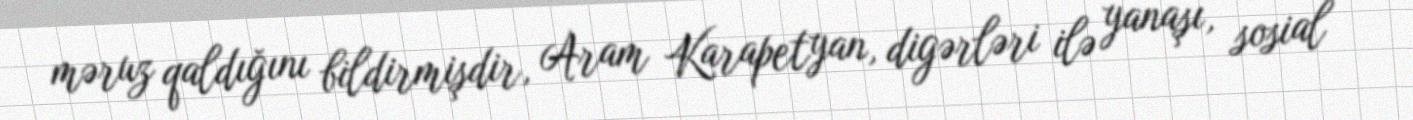
məruz qaldığını bildirmişdir, Aram Karapetyan, digərləri ilə yanaşı, sosial